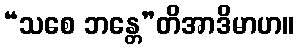
“သစေ ဘန္တေ”တိအာဒိမာဟ။